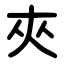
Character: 夾